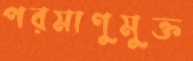
পরমাণুমুক্ত